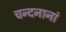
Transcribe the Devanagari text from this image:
चन्दनानां